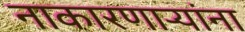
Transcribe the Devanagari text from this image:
नाकारणार्‍यांना